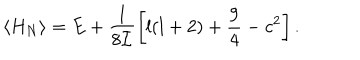
\langle H _ { N } \rangle = E + \frac { 1 } { 8 { \cal I } } \left[ l ( l + 2 ) + \frac { 9 } { 4 } - c ^ { 2 } \right] .